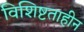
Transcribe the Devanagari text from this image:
विशिष्टताहीन